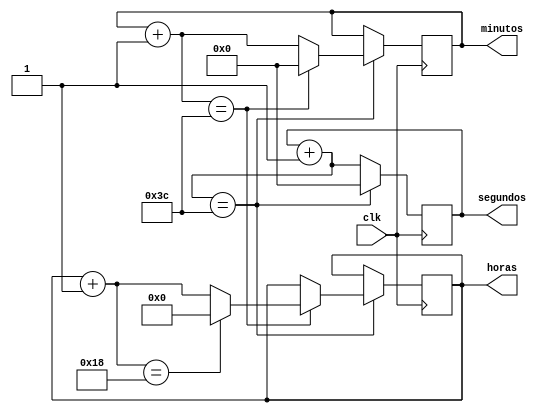
module RelogioDigital(
  input clk,
  output  [4:0] horas,
  output  [5:0] minutos,
  output  [5:0] segundos
);

initial begin
  horas = 0;
  segundos = 0;
  minutos = 0;
end

always @(negedge clk) begin
    segundos++;
    if(segundos == 60) begin
      segundos = 0;
      minutos++;
      if(minutos == 60) begin
        minutos = 0;
        horas++;
        if(horas == 24)begin        
          horas = 0;
        end
      end
    end 
end



endmodule